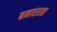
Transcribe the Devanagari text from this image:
बनाररस